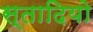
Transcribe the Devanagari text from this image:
स्तादियो